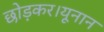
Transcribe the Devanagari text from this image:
छोड़कर।यूनान